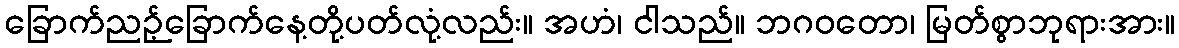
ခြောက်ညဉ့်ခြောက်နေ့တို့ပတ်လုံ့လည်း။ အဟံ၊ ငါသည်။ ဘဂဝတော၊ မြတ်စွာဘုရားအား။